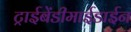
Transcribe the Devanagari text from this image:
ट्राईबेंडीमाईडाईन